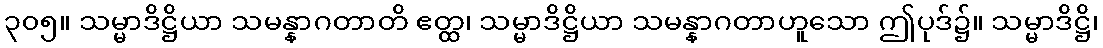
၃၀၅။ သမ္မာဒိဋ္ဌိယာ သမန္နာဂတာတိ ဧတ္ထ၊ သမ္မာဒိဋ္ဌိယာ သမန္နာဂတာဟူသော ဤပုဒ်၌။ သမ္မာဒိဋ္ဌိ၊